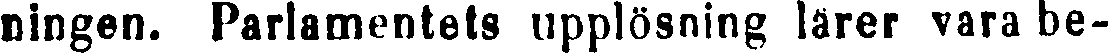
ningen. Parlamentets upplösning lärer vara be-